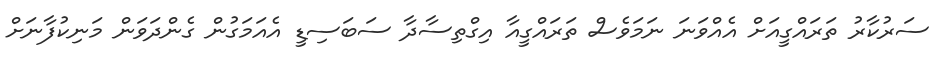
ސަރުކާރު ތަރައްގީއަށް އެއްވަނަ ނަމަވެސް ތަރައްގީއާ އިގްތިސާދާ ސަބަސިޑީ އެއަމަގުން ގެންދަވަން މަނިކުފާނަށް